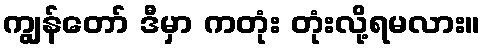
ကျွန်တော် ဒီမှာ ကတုံး တုံးလို့ရမလား။